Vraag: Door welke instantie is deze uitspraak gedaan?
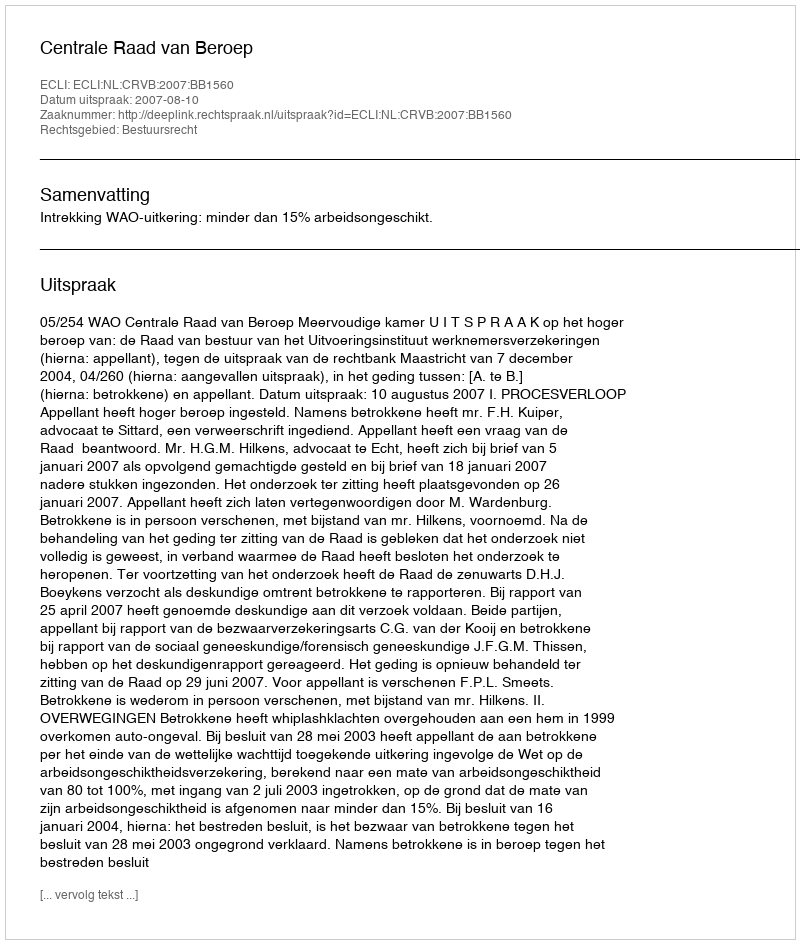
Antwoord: Centrale Raad van Beroep